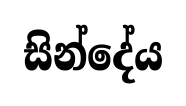
සින්දේය